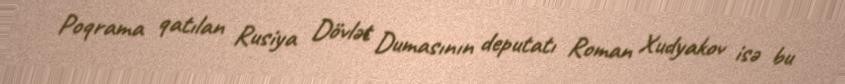
Poqrama qatılan Rusiya Dövlət Dumasının deputatı Roman Xudyakov isə bu